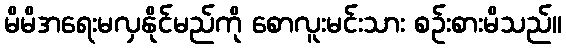
မိမိအရေးမလှနိုင်မည်ကို စောလူးမင်းသား စဉ်းစားမိသည်။